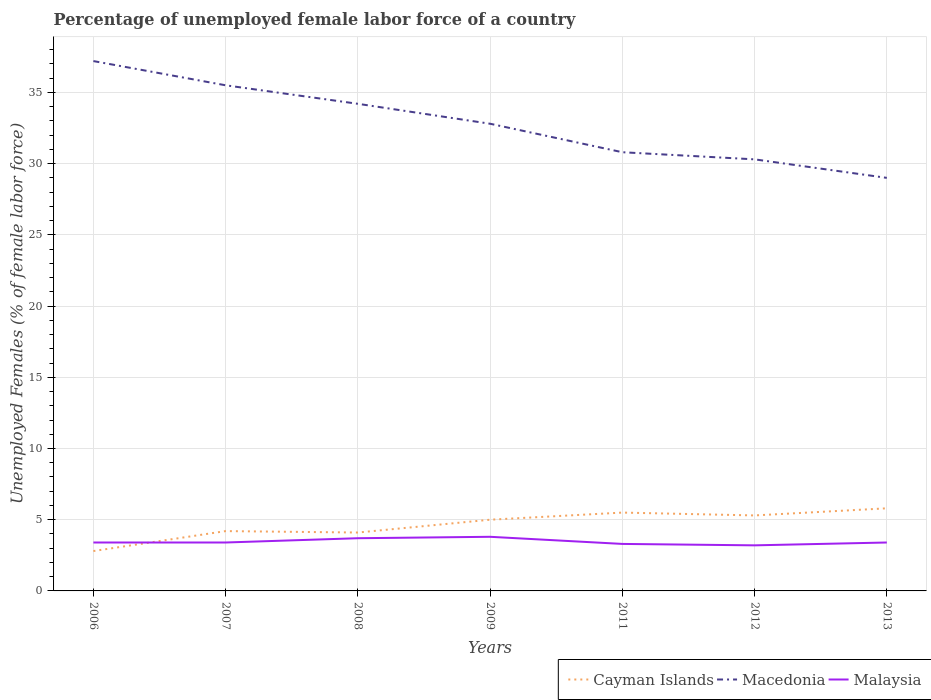
| Years | Cayman Islands | Macedonia | Malaysia |
 | --- | --- | --- | --- |
 | 2006 | 2.8 | 37.2 | 3.4 |
 | 2007 | 4.2 | 35.5 | 3.4 |
 | 2008 | 4.1 | 34.2 | 3.7 |
 | 2009 | 5 | 32.8 | 3.8 |
 | 2011 | 5.5 | 30.8 | 3.3 |
 | 2012 | 5.3 | 30.3 | 3.2 |
 | 2013 | 5.8 | 29 | 3.4 |